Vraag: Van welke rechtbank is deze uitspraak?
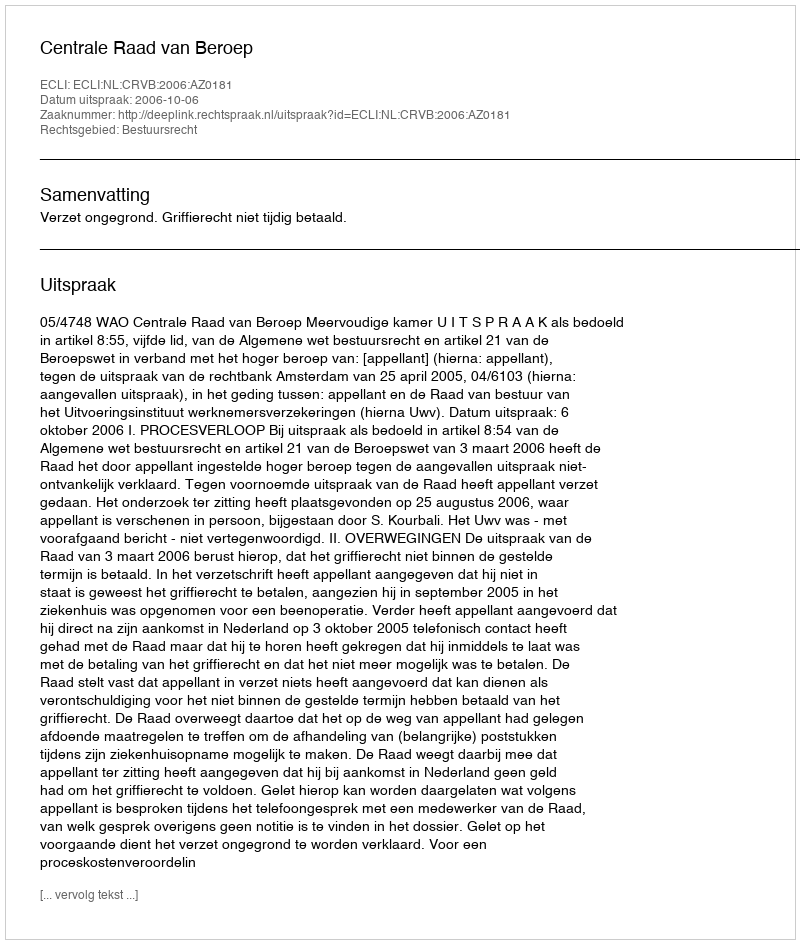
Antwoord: Centrale Raad van Beroep